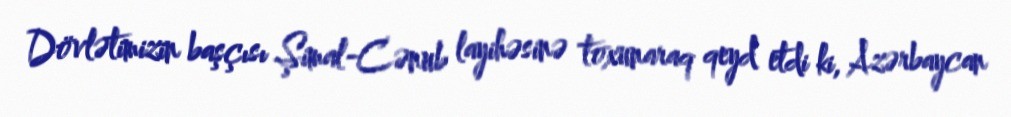
Dövlətimizin başçısı Şimal-Cənub layihəsinə toxunaraq qeyd etdi ki, Azərbaycan